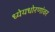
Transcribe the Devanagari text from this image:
ध्येयधोरणांवर